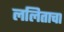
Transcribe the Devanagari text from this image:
ललिताचा